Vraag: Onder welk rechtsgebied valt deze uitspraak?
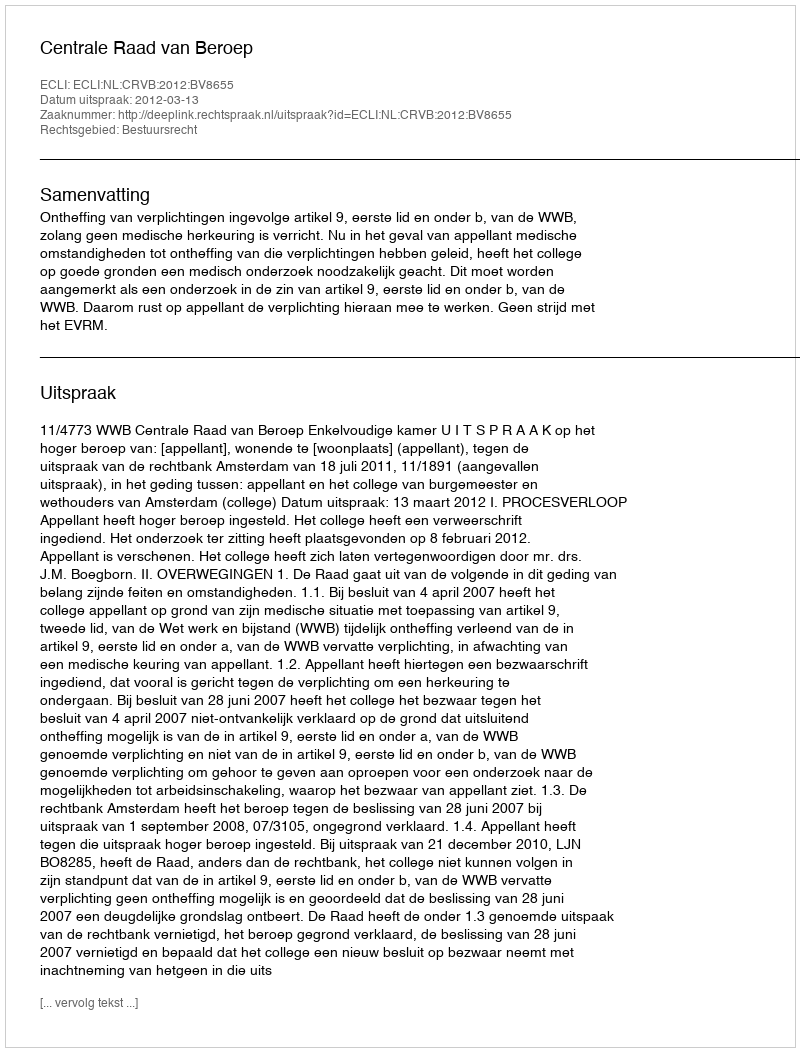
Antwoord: Bestuursrecht